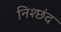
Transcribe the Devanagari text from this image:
निश्छंद